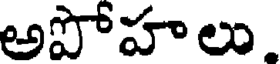
అపోహాలు.